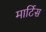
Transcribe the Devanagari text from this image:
मार्टिस